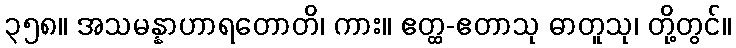
၃၅၈။ အသမန္နာဟာရတောတိ၊ ကား။ ဧတ္ထ-ဧတာသု ဓာတူသု၊ တို့တွင်။